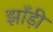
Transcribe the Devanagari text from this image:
झाँड़ी